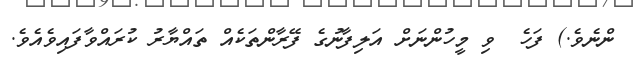
ންނެވެ.) ފަހެ  ވި މީހުންނަށް އަލިފާނުގެ ފޭރާންތަކެއް ތައްޔާރު ކުރައްވާފައިވެއެވެ.